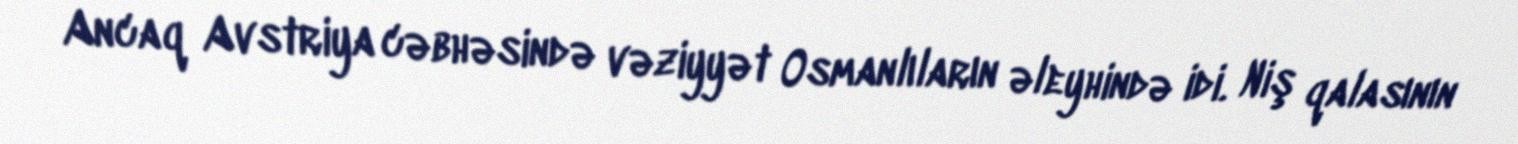
Ancaq Avstriya cəbhəsində vəziyyət Osmanlıların əleyhində idi. Niş qalasının